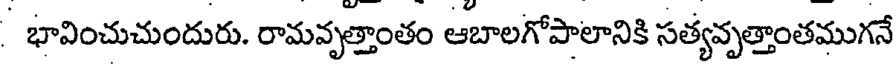
భావించుచుందురు. రామవృత్తాంతం ఆబాలగోపాలానికి సత్యవృత్తాంతముగనే